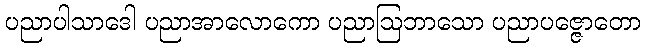
ပညာပါသာဒေါ ပညာအာလောကော ပညာဩဘာသော ပညာပဇ္ဇောတော